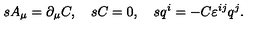
s A _ { \mu } = \partial _ { \mu } C , \quad s C = 0 , \quad s q ^ { i } = - C \varepsilon ^ { i j } q ^ { j } .